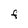
Character: F